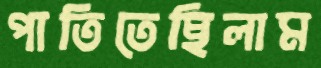
পাতিতেছিলাম